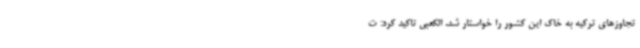
تجاوزهای ترکیه به خاک این کشور را خواستار شد. الکعبی تاکید کرد: ت